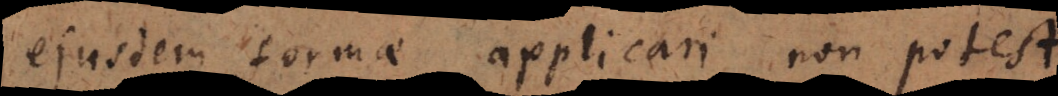
ejusdem formae applicari non potest.